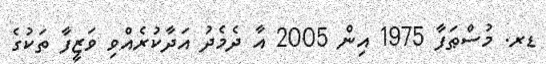
ޑރ. މުސްޠަފާ 1975 އިން 2005 އާ ދެމެދު އަދާކުރެއްވި ވަޒީފާ ތަކުގެ